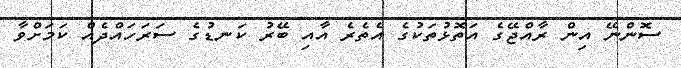
ސޮންނޭ އިން ރާއްޖޭގެ އަތޮޅުތަކުގެ އެތެރެ އާއި ބޭރު ކަނޑުގެ ސަރަހައްދެއް ކަމަށްވާ